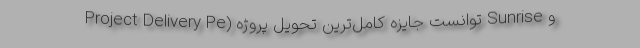
و Sunrise توانست جایزه کامل‌ترین تحویل پروژه (Project Delivery Pe